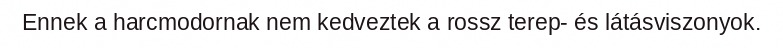
Ennek a harcmodornak nem kedveztek a rossz terep- és látásviszonyok.